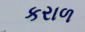
કરાળ